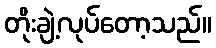
တိုးချဲ့လုပ်တော့သည်။